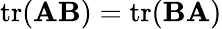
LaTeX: \operatorname{tr}(\mathbf{A}\mathbf{B})=\operatorname{tr}(\mathbf{B}\mathbf{A})